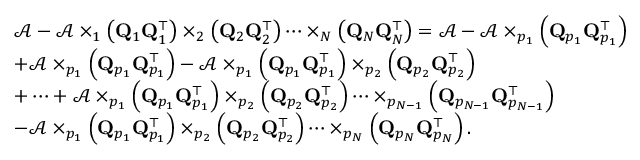
\begin{array} { r l } & { \mathcal { A } - \mathcal { A } \times _ { 1 } \left( { \bf Q } _ { 1 } { \bf Q } _ { 1 } ^ { \top } \right) \times _ { 2 } \left( { \bf Q } _ { 2 } { \bf Q } _ { 2 } ^ { \top } \right) \dots \times _ { N } \left( { \bf Q } _ { N } { \bf Q } _ { N } ^ { \top } \right) = \mathcal { A } - \mathcal { A } \times _ { p _ { 1 } } \left( { \bf Q } _ { p _ { 1 } } { \bf Q } _ { p _ { 1 } } ^ { \top } \right) } \\ & { + \mathcal { A } \times _ { p _ { 1 } } \left( { \bf Q } _ { p _ { 1 } } { \bf Q } _ { p _ { 1 } } ^ { \top } \right) - \mathcal { A } \times _ { p _ { 1 } } \left( { \bf Q } _ { p _ { 1 } } { \bf Q } _ { p _ { 1 } } ^ { \top } \right) \times _ { p _ { 2 } } \left( { \bf Q } _ { p _ { 2 } } { \bf Q } _ { p _ { 2 } } ^ { \top } \right) } \\ & { + \dots + \mathcal { A } \times _ { p _ { 1 } } \left( { \bf Q } _ { p _ { 1 } } { \bf Q } _ { p _ { 1 } } ^ { \top } \right) \times _ { p _ { 2 } } \left( { \bf Q } _ { p _ { 2 } } { \bf Q } _ { p _ { 2 } } ^ { \top } \right) \dots \times _ { p _ { N - 1 } } \left( { \bf Q } _ { p _ { N - 1 } } { \bf Q } _ { p _ { N - 1 } } ^ { \top } \right) } \\ & { - \mathcal { A } \times _ { p _ { 1 } } \left( { \bf Q } _ { p _ { 1 } } { \bf Q } _ { p _ { 1 } } ^ { \top } \right) \times _ { p _ { 2 } } \left( { \bf Q } _ { p _ { 2 } } { \bf Q } _ { p _ { 2 } } ^ { \top } \right) \dots \times _ { p _ { N } } \left( { \bf Q } _ { p _ { N } } { \bf Q } _ { p _ { N } } ^ { \top } \right) . } \end{array}